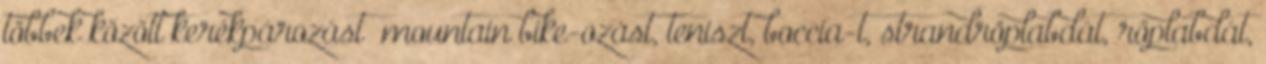
többek között kerékpározást mountain bike-ozást, teniszt, boccia-t, strandröplabdát, röplabdát,